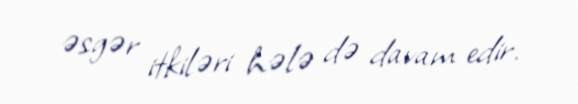
əsgər itkiləri hələ də davam edir.